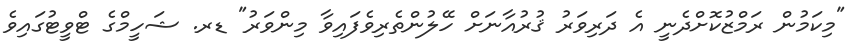
"މިކަމުން ރަމްޒުކޮށްދެނީ އެ ދަރިވަރު ޤުރުއާނަށް ހޭލުންތެރިވެފައިވާ މިންވަރު" ޑރ. ޝަހީމްގެ ޓްވީޓުގައިވެ